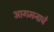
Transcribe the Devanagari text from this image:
आगमनाचे